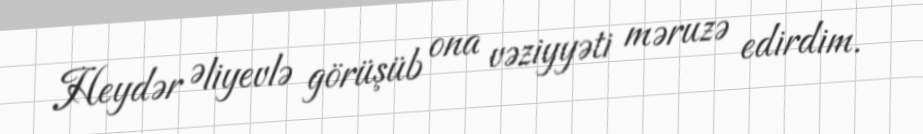
Heydər Əliyevlə görüşüb ona vəziyyəti məruzə edirdim.